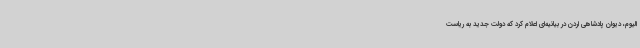
الیوم، دیوان پادشاهی اردن در بیانیه‌ای اعلام کرد که دولت جدید به ریاست